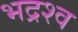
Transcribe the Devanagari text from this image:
भद्रश्व